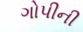
ગોપીની